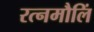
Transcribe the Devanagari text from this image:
रत्नमौलिं